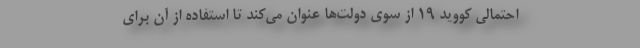
احتمالی کووید ۱۹ از سوی دولت‌ها عنوان می‌کند تا استفاده از آن برای